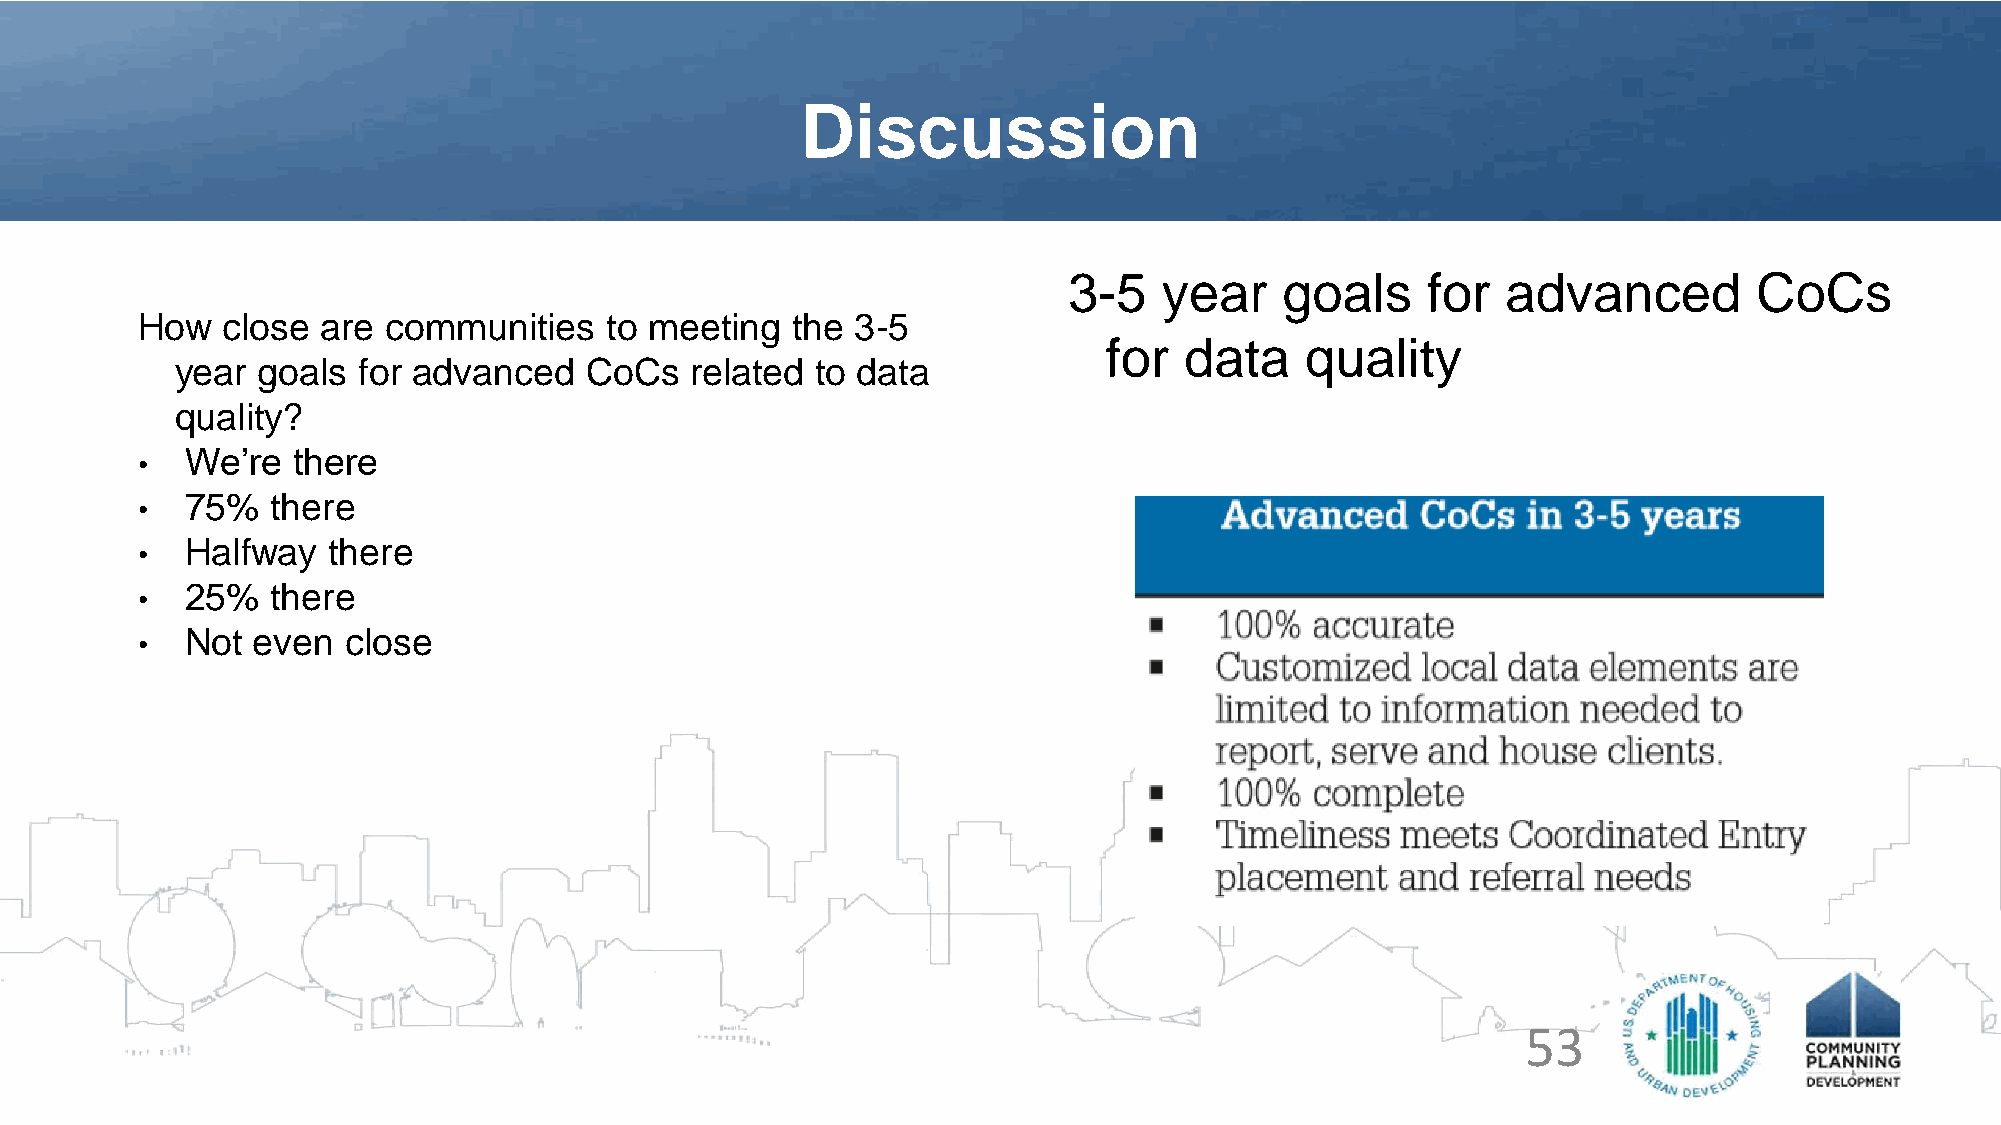
Discussion
 3-5   year    goals    for   advanced        CoCs
 How   close are  communities   to meeting  the  3-5
 for  data    quality
 year goals  for advanced   CoCs   related to data
 quality?
 We’re  there
 •
 75%   there
 •
 Halfway   there
 •
 25%   there
 •
 Not  even  close
 •
 53